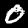
Digit: 0